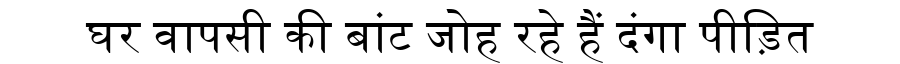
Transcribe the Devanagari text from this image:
घर वापसी की बांट जोह रहे हैं दंगा पीड़ित